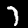
Digit: 7